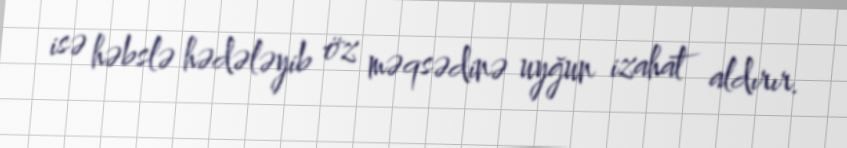
isə həbslə hədələyib öz məqsədinə uyğun izahat aldırır.